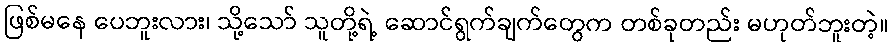
ဖြစ်မနေ ပေဘူးလား၊ သို့သော် သူတို့ရဲ့ ဆောင်ရွက်ချက်တွေက တစ်ခုတည်း မဟုတ်ဘူးတဲ့။